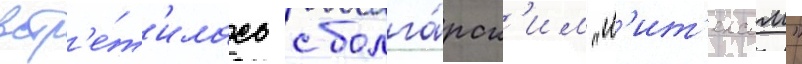
встр'е́т'илась с болга́рск'им "л'ит'ексом"